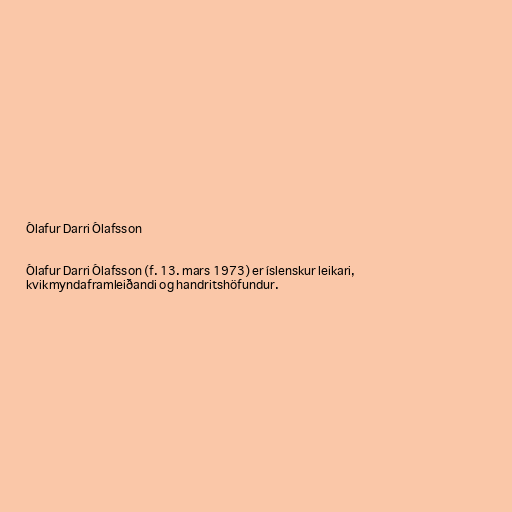
Ólafur Darri Ólafsson

Ólafur Darri Ólafsson (f. 13. mars 1973) er íslenskur leikari,
kvikmyndaframleiðandi og handritshöfundur.